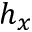
h _ { x }